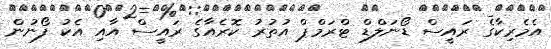
އެމެރިކާގެ ރައީސް ޑޯނަލްޑް ޓްރަމްޕް އުތުރު ކޮރެއާގެ ރައީސް އާއި އެކު ފޯނުން